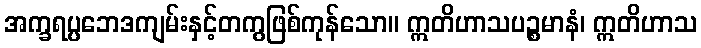
အက္ခရပ္ပဘေဒကျမ်းနှင့်တကွဖြစ်ကုန်သော။ ဣတိဟာသပဉ္စမာနံ၊ ဣတိဟာသ